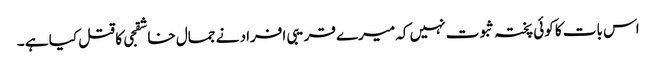
اس بات کا کوئی پختہ ثبوت نہیں کہ میرے قریبی افراد نے جمال خاشقجی کا قتل کیا ہے ۔